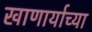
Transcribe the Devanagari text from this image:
खाणार्याच्या